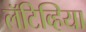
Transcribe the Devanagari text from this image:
लॅटिव्हिया